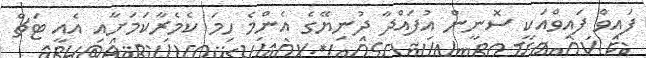
ފައިވް ފައިވްއަކީ ސޮނީން އުފައްދާ ދުނިޔޭގެ އެންމެ ހިމަ ކެމެރާކަމަށާއި އެއީ ޓަޗް